Annual report of the Bengal Veterinary College and of the Civil Veterinary Department, Bengal, for the year 1913-1914 - 1913-1914
Year: 1913
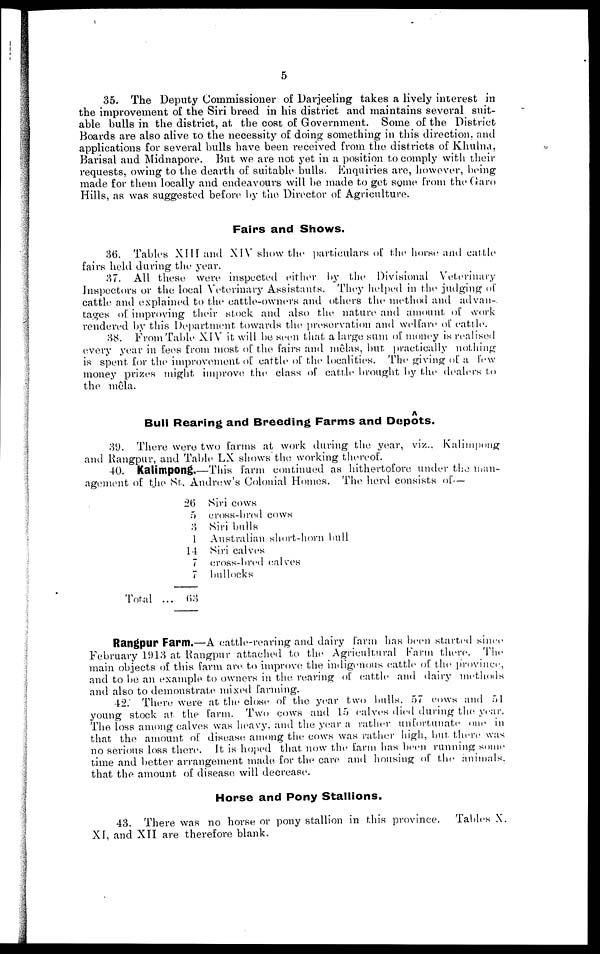
5
35. The Deputy Commissioner of Darjeeling takes a lively interest in
the improvement of the Siri breed in his district and maintains several suit-
able bulls in the district, at the cost of Government. Some of the District
Boards are also alive to the necessity of doing something in this direction and
applications for several bulls have been received from the districts of Khulna,
Barisal and Midnapore. But we are not yet in a position to comply with their
requests, owing to the dearth of suitable bulls. Enquiries are, however, being
made for them locally and endeavours will be made to get some from the Garo
Hills, as was suggested before by the Director of Agriculture.
Fairs and Shows.
36. Tables XIII and XIV show the particulars of the horse and cattle
fairs held during the year.
37. All these were inspected either by the Divisional Veterinary
Inspectors or the local Veterinary Assistants. They helped in the judging of
cattle and explained to the cattle-owners and ethers the method and advan-.
tages of improving their stock and also the nature and amount of work
rendered by this Department towards the preservation and welfare of cattle.
38. From Table XIV it will be seen that a large sum of money is realised
every year in fees from most of the fairs and mêlas, but practically nothing
is spent for the improvement of cattle of the localities. The giving of a few
money prizes might improve the class of cattle brought by the dealers to
the mêla.
Bull Rearing and Breeding Farms and Depôts.
39.There were two farms at work during the year, viz.. Kalimpong
and Rangpur, and Table LX shows the working thereof.
40. Kalimpong.—This farm continued as hithertofore under the man-
agement of the St. Andrew's Colonial Homes. The herd consists of—
Total
...
26
5
3
1
14
7
7
63
Siri cows
cross-bred cows
Siri bulls
Australian short-horn bull
Siri calves
cross-bred calves
bullocks
Rangpur Farm.—A cattle-reaving and dairy farm has been started since
February 1913 at Rangpur attached to the Agricultural Farm there. The
main objects of this farm are to improve the indigenous cattle of the province,
and to be an example to owners in the rearing of cattle and dairy methods
and also to demonstrate mixed farming.
42. There were at the close of the year two bulls. 57 cows and 51
young stock at the farm. Two cows and 15 calves died during the year.
The loss among calves was heavy, and the year a rather unfortunate one in
that the amount of disease among the cows was rather high, but there was
no serious loss there. It is hoped that now the farm has been running some
time and better arrangement made for the care and housing of the animals
that the amount of disease will decrease.
Horse and Pony Stallions.
43. There was no horse or pony stallion in this province. Tables X.
XI, and XTI are therefore blank.